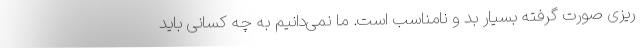
ریزی صورت گرفته بسیار بد و نامناسب است. ما نمی‌دانیم به چه کسانی باید